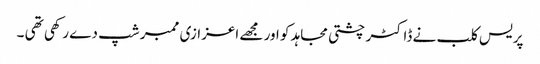
پریس کلب نے ڈاکٹر چشتی مجاہد کو اور مجھے اعزازی ممبر شپ دے رکھی تھی ۔